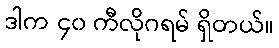
ဒါက ၄၀ ကီလိုဂရမ် ရှိတယ်။